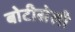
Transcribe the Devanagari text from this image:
बोटीसेली